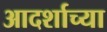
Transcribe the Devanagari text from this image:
आदर्शाच्या